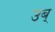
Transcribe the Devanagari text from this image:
उब्